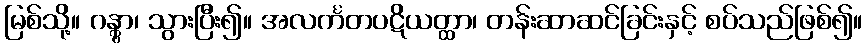
မြစ်သို့။ ဂန္တွာ၊ သွားပြီး၍။ အလင်္ကတပဋိယတ္ထာ၊ တန်းဆာဆင်ခြင်းနှင့် စပ်သည်ဖြစ်၍။